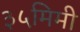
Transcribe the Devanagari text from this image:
३५मिमी